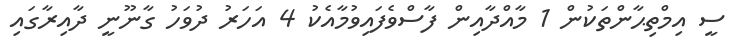
ސީ އިމްތިޙާންތަކުން 1 މާއްދާއިން ފާސްވެފައިވުމާއެކު 4 އަހަރު ދުވަހު ގާނޫނީ ދާއިރާގައި